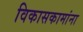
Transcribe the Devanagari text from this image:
विकासकामांना